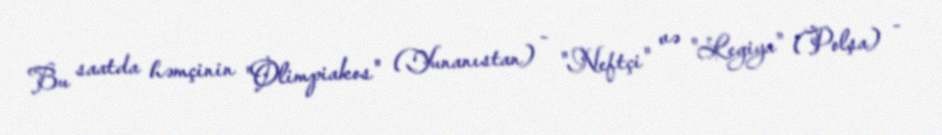
Bu saatda həmçinin "Olimpiakos" (Yunanıstan) - "Neftçi" və "Legiya" (Polşa) -